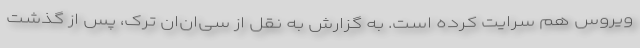
ویروس هم سرایت کرده است. به گزارش به نقل از سی‌ان‌ان ترک، پس از گذشت